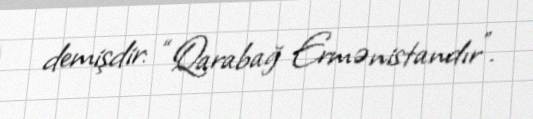
demişdir: “Qarabağ Ermənistandır”.